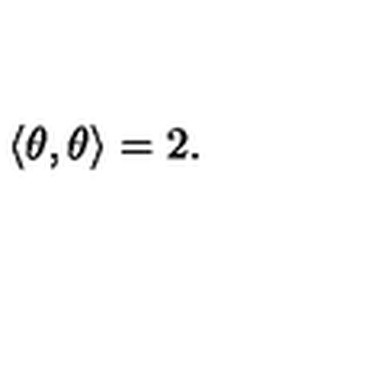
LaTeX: \left\langle \theta , \theta \right\rangle = 2 .